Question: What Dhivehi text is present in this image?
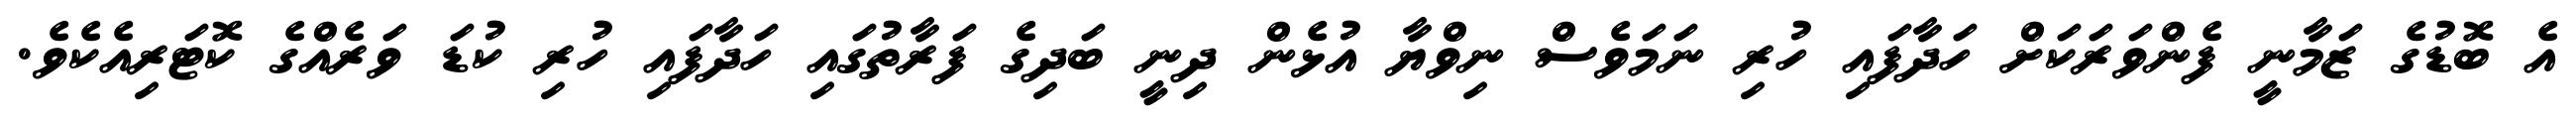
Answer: އެ ބޮޑުގެ ޒަމާނީ ފެންވަރަކަށް ހަދާފައި ހުރި ނަމަވެސް ނިވްޔާ އުޅެން ދިނީ ބަދިގެ ފަރާތުގައި ހަދާފައި ހުރި ކުޑަ ވަރެއްގެ ކޮޓަރިއެކެވެ.